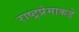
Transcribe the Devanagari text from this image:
राष्ट्रप्रेमाकडे